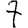
Digit: 7